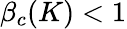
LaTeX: \beta_{c}(K)<1